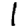
Digit: 1